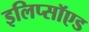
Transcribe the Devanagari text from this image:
इलिप्सॉएड